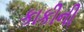
કાકીની